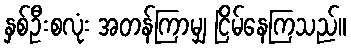
နှစ်ဦးစလုံး အတန်ကြာမျှ ငြိမ်နေကြသည်။